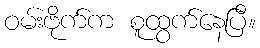
ဝမ်းဗိုက်က စူထွက်နေပြီ။